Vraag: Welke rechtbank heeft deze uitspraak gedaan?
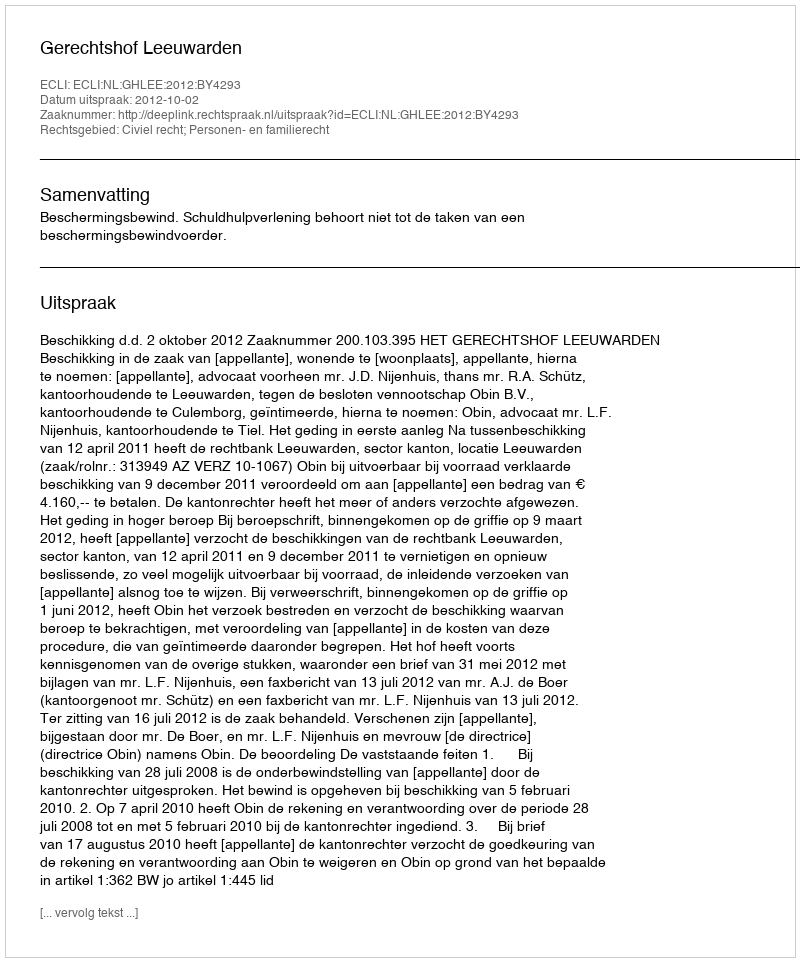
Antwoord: Gerechtshof Leeuwarden